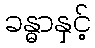
ခန္ဓာနှင့်